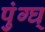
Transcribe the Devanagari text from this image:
पुंग्घ्